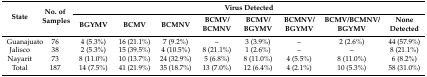
<table><thead><tr><td rowspan="2"><b>State</b></td><td rowspan="2"><b>No. of Samples</b></td><td colspan="8"><b>Virus Detected</b></td></tr><tr><td><b>BGYMV</b></td><td><b>BCMV</b></td><td><b>BCMNV</b></td><td><b>BCMV/BCMNV</b></td><td><b>BCMV/BGYMV</b></td><td><b>BCMNV/BGYMV</b></td><td><b>BCMV/BCMNV/BGYMV</b></td><td><b>None Detected</b></td></tr></thead><tbody><tr><td>Guanajuato</td><td>76</td><td>4 (5.3%)</td><td>16 (21.1%)</td><td>7 (9.2%)</td><td>–</td><td>3 (3.9%)</td><td>–</td><td>2 (2.6%)</td><td>44 (57.9%)</td></tr><tr><td>Jalisco</td><td>38</td><td>2 (5.3%)</td><td>15 (39.5%)</td><td>4 (10.5%)</td><td>8 (21.1%)</td><td>1 (2.6%)</td><td>–</td><td>–</td><td>8 (21.1%)</td></tr><tr><td>Nayarit</td><td>73</td><td>8 (11.0%)</td><td>10 (13.7%)</td><td>24 (32.9%)</td><td>5 (6.8%)</td><td>8 (11.0%)</td><td>4 (5.5%)</td><td>8 (11.0%)</td><td>6 (8.2%)</td></tr><tr><td>Total</td><td>187</td><td>14 (7.5%)</td><td>41 (21.9%)</td><td>35 (18.7%)</td><td>13 (7.0%)</td><td>12 (6.4%)</td><td>4 (2.1%)</td><td>10 (5.3%)</td><td>58 (31.0%)</td></tr></tbody></table>